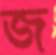
জ